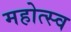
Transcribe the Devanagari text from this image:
महोत्स्व